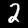
Digit: 2